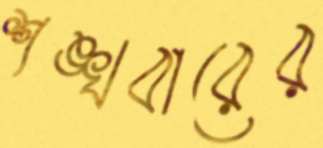
শঙ্খবারের